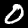
Digit: 0